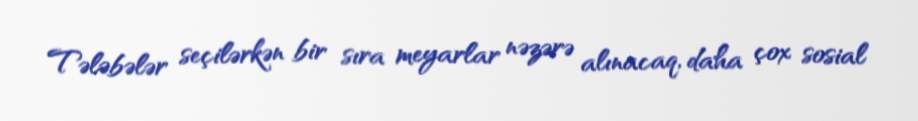
Tələbələr seçilərkən bir sıra meyarlar nəzərə alınacaq, daha çox sosial